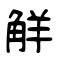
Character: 觧